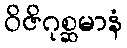
ဝိဇိဂုစ္ဆမာနံ